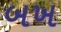
બખ